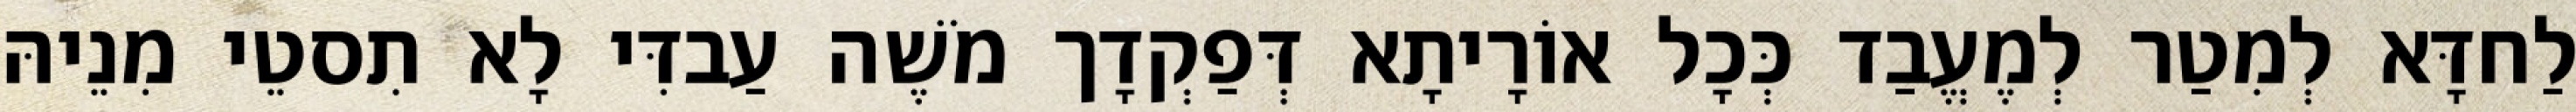
לַחדָּא לְמִטַר לְמֶעֱבַד כְּכָל אוֹרָיתָא דְּפַקְדָך מֹשֶׁה עַבדִּי לָא תִסטֵי מִנֵיהּ